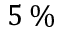
5 \, \%